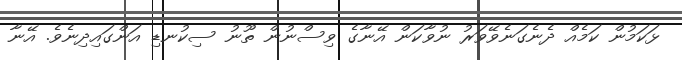
ޅަކަމުން ކަމެއް ދެނެގަނެވޭވަރު ނުވާކަން އޭނާގެ ވިސްނުން ތޫނު ސިކުނޑި އަންގައިދިނެވެ. އޭނާ